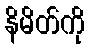
နိမိတ်ကို